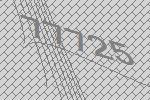
77725